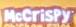
mc.crispy